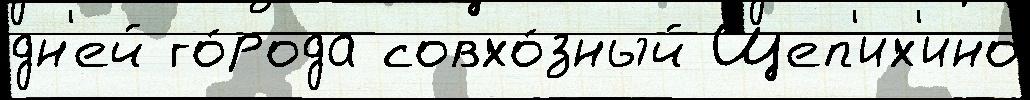
дн'ей го́рода совхо́зный Щеп'их'ино